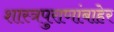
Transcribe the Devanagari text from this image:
शास्त्रपुराणांबाहेर